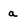
Character: a